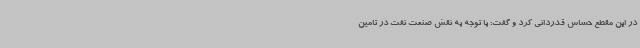
در این مقطع حساس قدردانی کرد و گفت: با توجه به نقش صنعت نفت در تامین